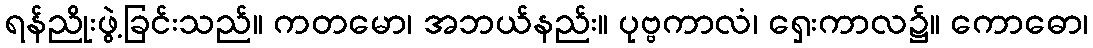
ရန်ညိုးဖွဲ့ခြင်းသည်။ ကတမော၊ အဘယ်နည်း။ ပုဗ္ဗကာလံ၊ ရှေးကာလ၌။ ကောဓော၊